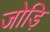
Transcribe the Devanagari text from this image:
जोड़ि